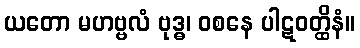
ယတော မဟဗ္ဗလံ ဗုဒ္ဓ၊ ဝစနေ ပါဋဝတ္ထိနံ။